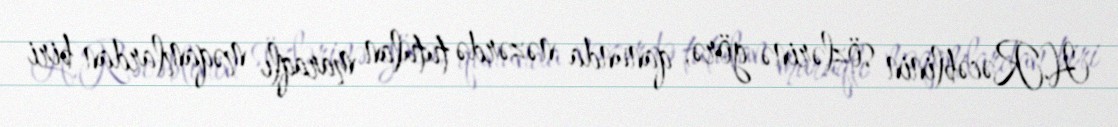
H.Rəcəblinin sözlərinə görə, qanunda nəzərdə tutulan maraqlı məqamlardan biri